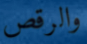
والرقص